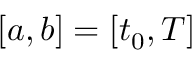
[ a , b ] = [ t _ { 0 } , T ]